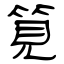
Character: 筧